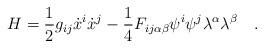
LaTeX: \begin{align*}H = \frac{1}{2} g_{ij} \dot{x}^i \dot{x}^j - \frac{1}{4} F_{ij \alpha \beta} \psi^i \psi^j \lambda^\alpha \lambda^\beta \quad. \end{align*}